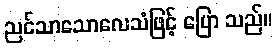
ညင်သာသောလေသံဖြင့် ပြော သည်။